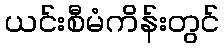
ယင်းစီမံကိန်းတွင်